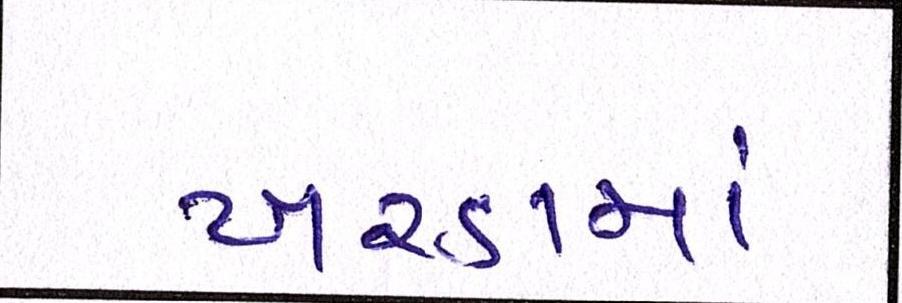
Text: ખરડામાં